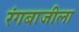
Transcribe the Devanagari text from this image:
रंगबाजीला